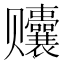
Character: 𬦀